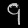
Digit: ၄